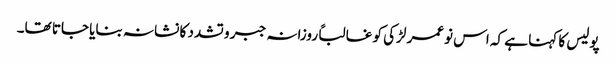
پولیس کا کہنا ہے کہ اس نوعمر لڑکی کو غالباً روزانہ جبر و تشدد کا نشانہ بنایا جاتا تھا۔